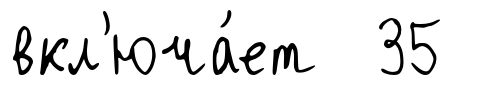
вкл'юча́ет 35